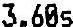
3.60S